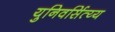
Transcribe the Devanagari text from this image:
युनिवर्सित्य्य